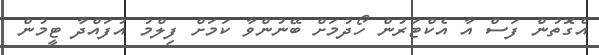
އެގޮތުން ފަސް އާ އެކްޓަރުން ހޯދުމަށް ބޭނުންވާ ކަމަށް ފިލްމު އުފައްދާ ޓީމުން